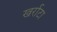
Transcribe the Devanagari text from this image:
खर्राटा